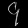
Digit: ၄